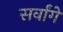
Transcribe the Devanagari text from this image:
सर्वांगे